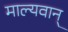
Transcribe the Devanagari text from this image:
माल्यवान्